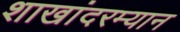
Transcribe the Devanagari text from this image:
शाखांदरम्यान